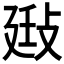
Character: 𢽄